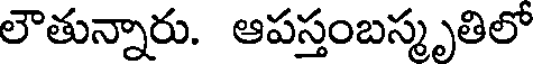
లౌతున్నారు. ఆపస్తంబస్మృతిలో